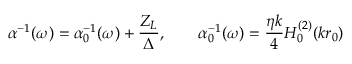
\alpha ^ { - 1 } ( \omega ) = \alpha _ { 0 } ^ { - 1 } ( \omega ) + \frac { Z _ { L } } { \Delta } , \qquad \alpha _ { 0 } ^ { - 1 } ( \omega ) = \frac { \eta k } { 4 } H _ { 0 } ^ { ( 2 ) } ( k r _ { 0 } )